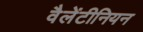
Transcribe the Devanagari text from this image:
वैलेंटीनियन